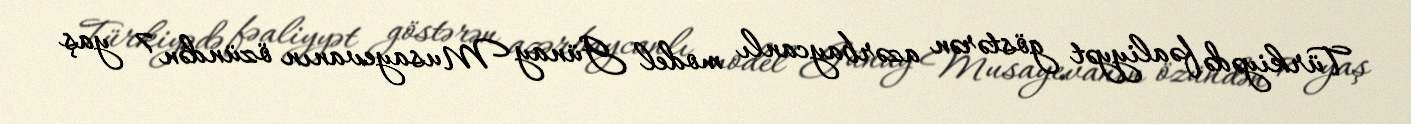
Türkiyədə fəaliyyət göstərən azərbaycanlı model Günay Musayevanın özündən 7 yaş